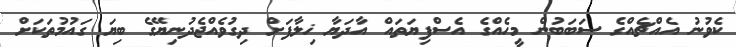
ކެވުނު އެއްޗެއްގެ ސަބަބުން މީހެއްގެ އެސްފިޔަތައް އާދަޔާ ޚިލާފަށް ދިގުވެއްޖެދުނިޔޭގެ ބިޔަ ގައުމުތަކަށް